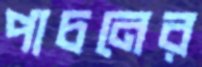
পাচনের